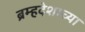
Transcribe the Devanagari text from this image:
ब्रम्हदेशाच्या